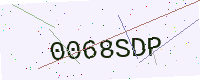
Text: 0068SDP